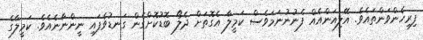
ފިރިހެންވަންތައެވެ. އޭލިއަންއެއް ފެނުނުނަމަވެސް ކަމީލާ އެގޮތަށް ދެލޯ ބޮޑުކޮށްގެން ގަނޑުވެފައި ނީންނާނެއެވެ. ކަމީލާގެ